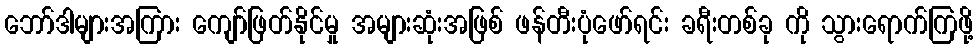
ဘော်ဒါများအကြား ကျော်ဖြတ်နိုင်မှု အများဆုံးအဖြစ် ဖန်တီးပုံဖော်ရင်း ခရီးတစ်ခု ကို သွားရောက်ကြဖို့